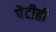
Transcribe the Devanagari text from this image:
पेटीही